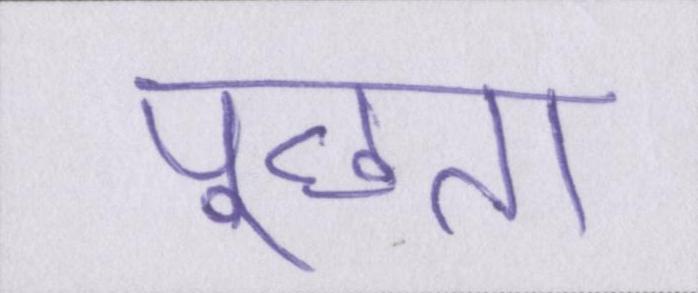
पूछता